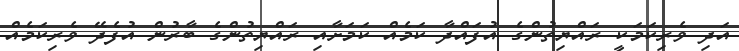
އަދި ވެރިކަމަކީ ރައްޔިތުންގެ އުފައްދާ ކަމެއް ކަމަށާއި ރައްޔިތުންގެ ބާރުން އުފެދޭ ވެރިކަމެއް